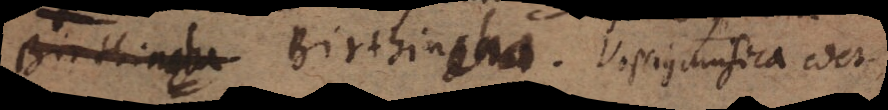
Birthinena. Vossius Musica edet.